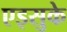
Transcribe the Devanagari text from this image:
एइसुके